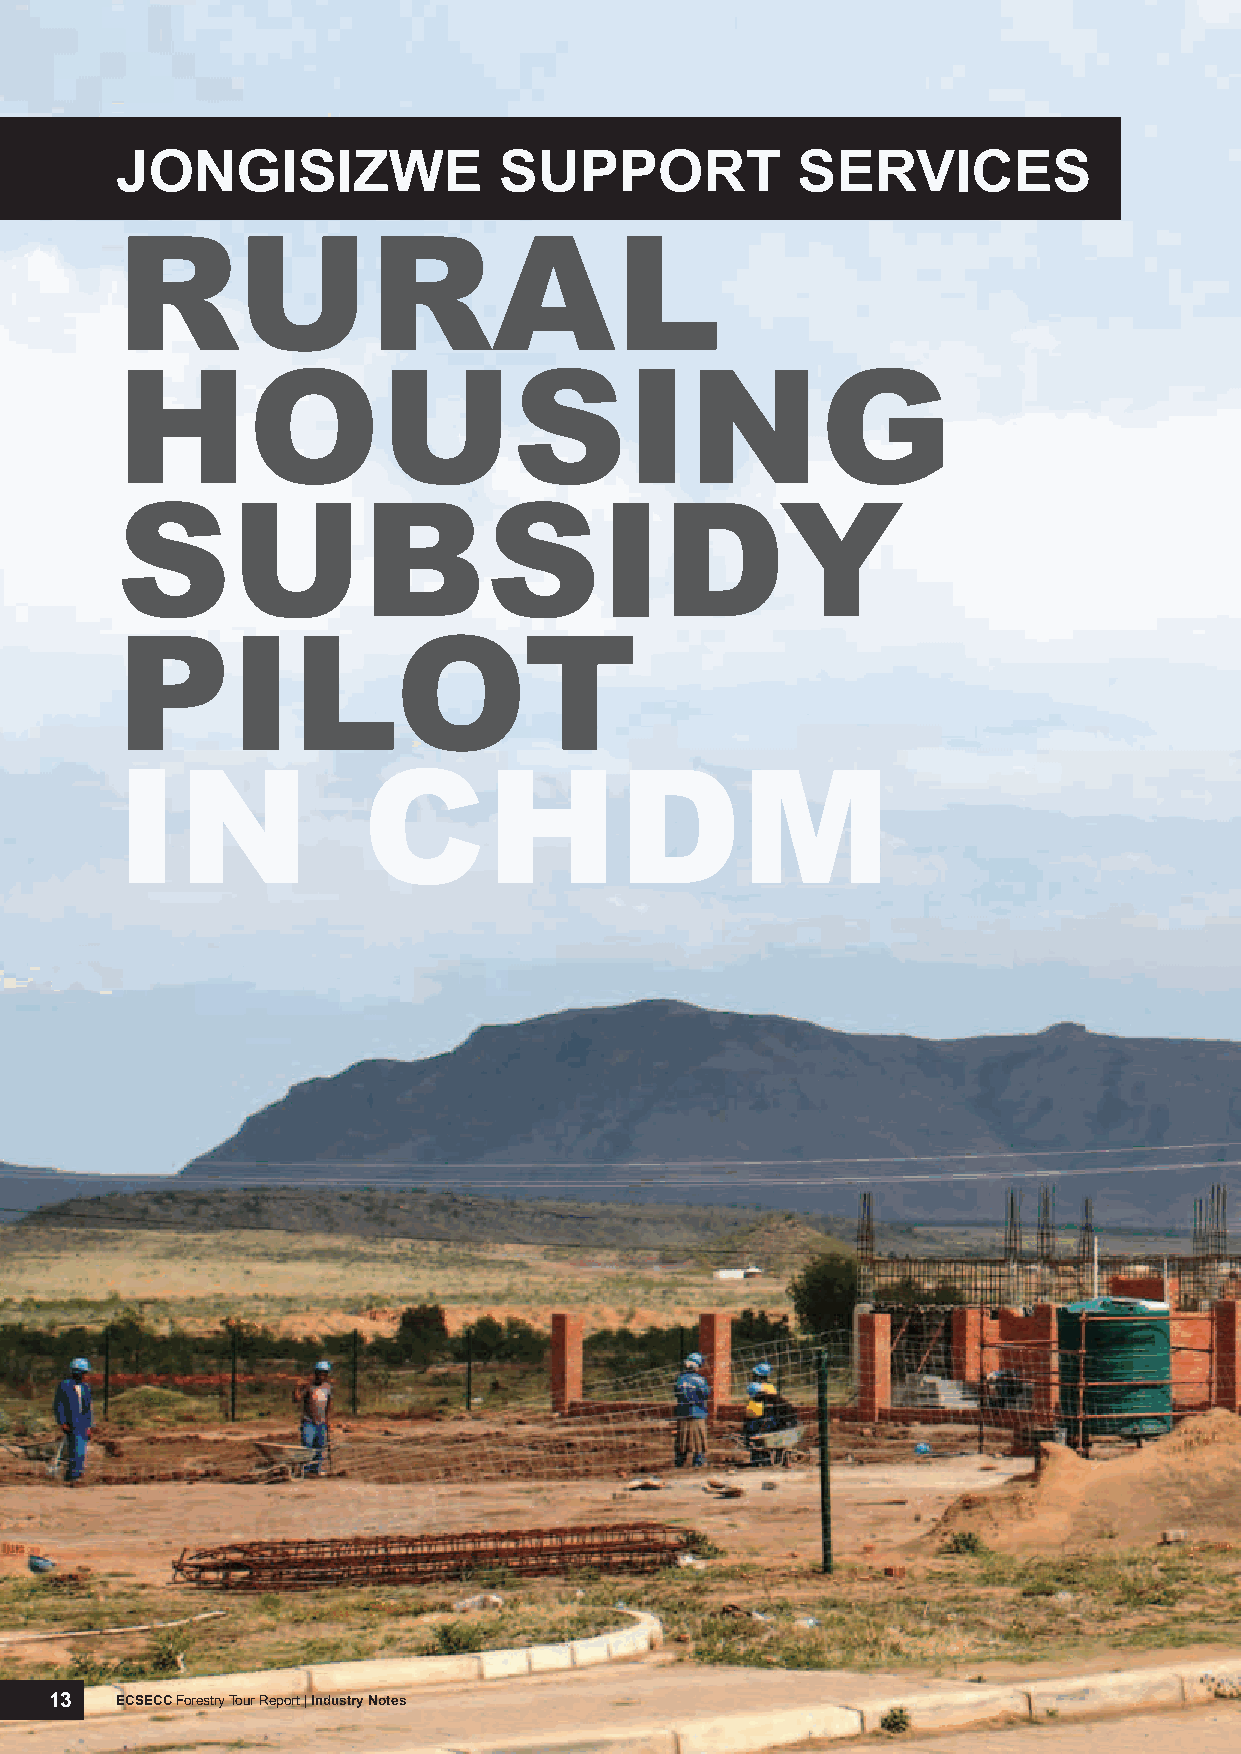
JoNgISIzwE               Support             SErvICES
 RuRal
 housing
 subsidy
 pilot
 in              ChdM
 13   ECSECC Forestry Tour Report | Industry Notes